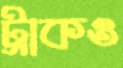
ট্রাকও